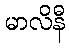
မာလိနီ